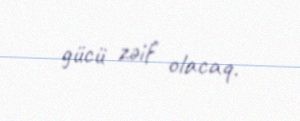
gücü zəif olacaq.